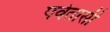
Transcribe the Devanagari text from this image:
पर्वतासी